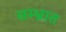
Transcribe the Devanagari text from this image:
सम्भ्रात